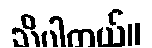
သိပါတယ်။